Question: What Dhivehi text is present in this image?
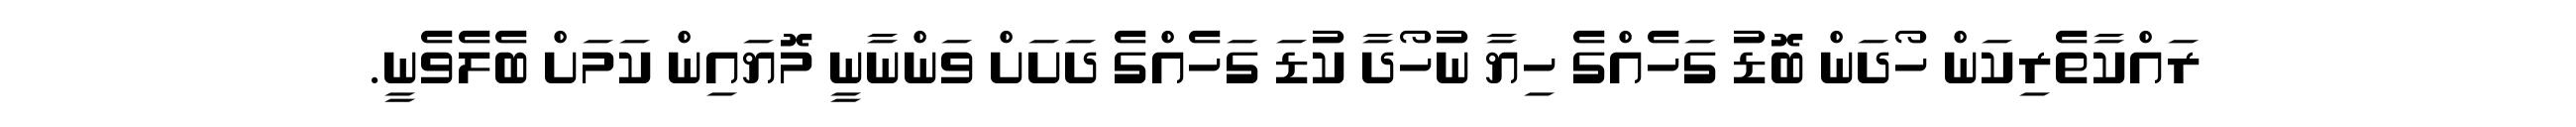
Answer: ރައްކާތެރިކަން ހޯދަން ބޮޑު ގަހެއްގެ ހިޔާ ނުހޯދާ ކުޑަ ގަހެއްގެ ދަށަށް ވަންނާނީ މޮޔައިން ކަމަށް ބެލެވެނީ.